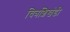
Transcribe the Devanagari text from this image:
चित्रशिखंडी